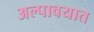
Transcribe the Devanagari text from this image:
अल्पावयात